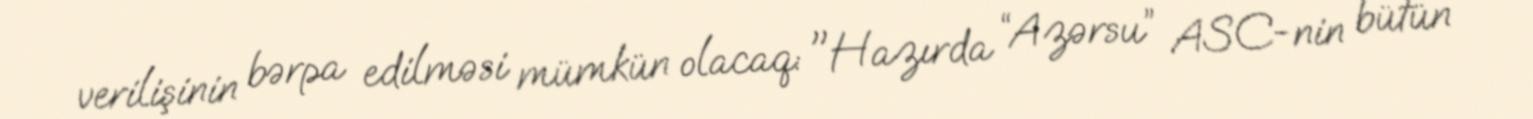
verilişinin bərpa edilməsi mümkün olacaq: "Hazırda “Azərsu” ASC-nin bütün